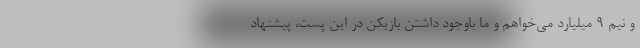
و نیم 9 میلیارد می‌خواهم و ما باوجود داشتن بازیکن در این پست، پیشنهاد